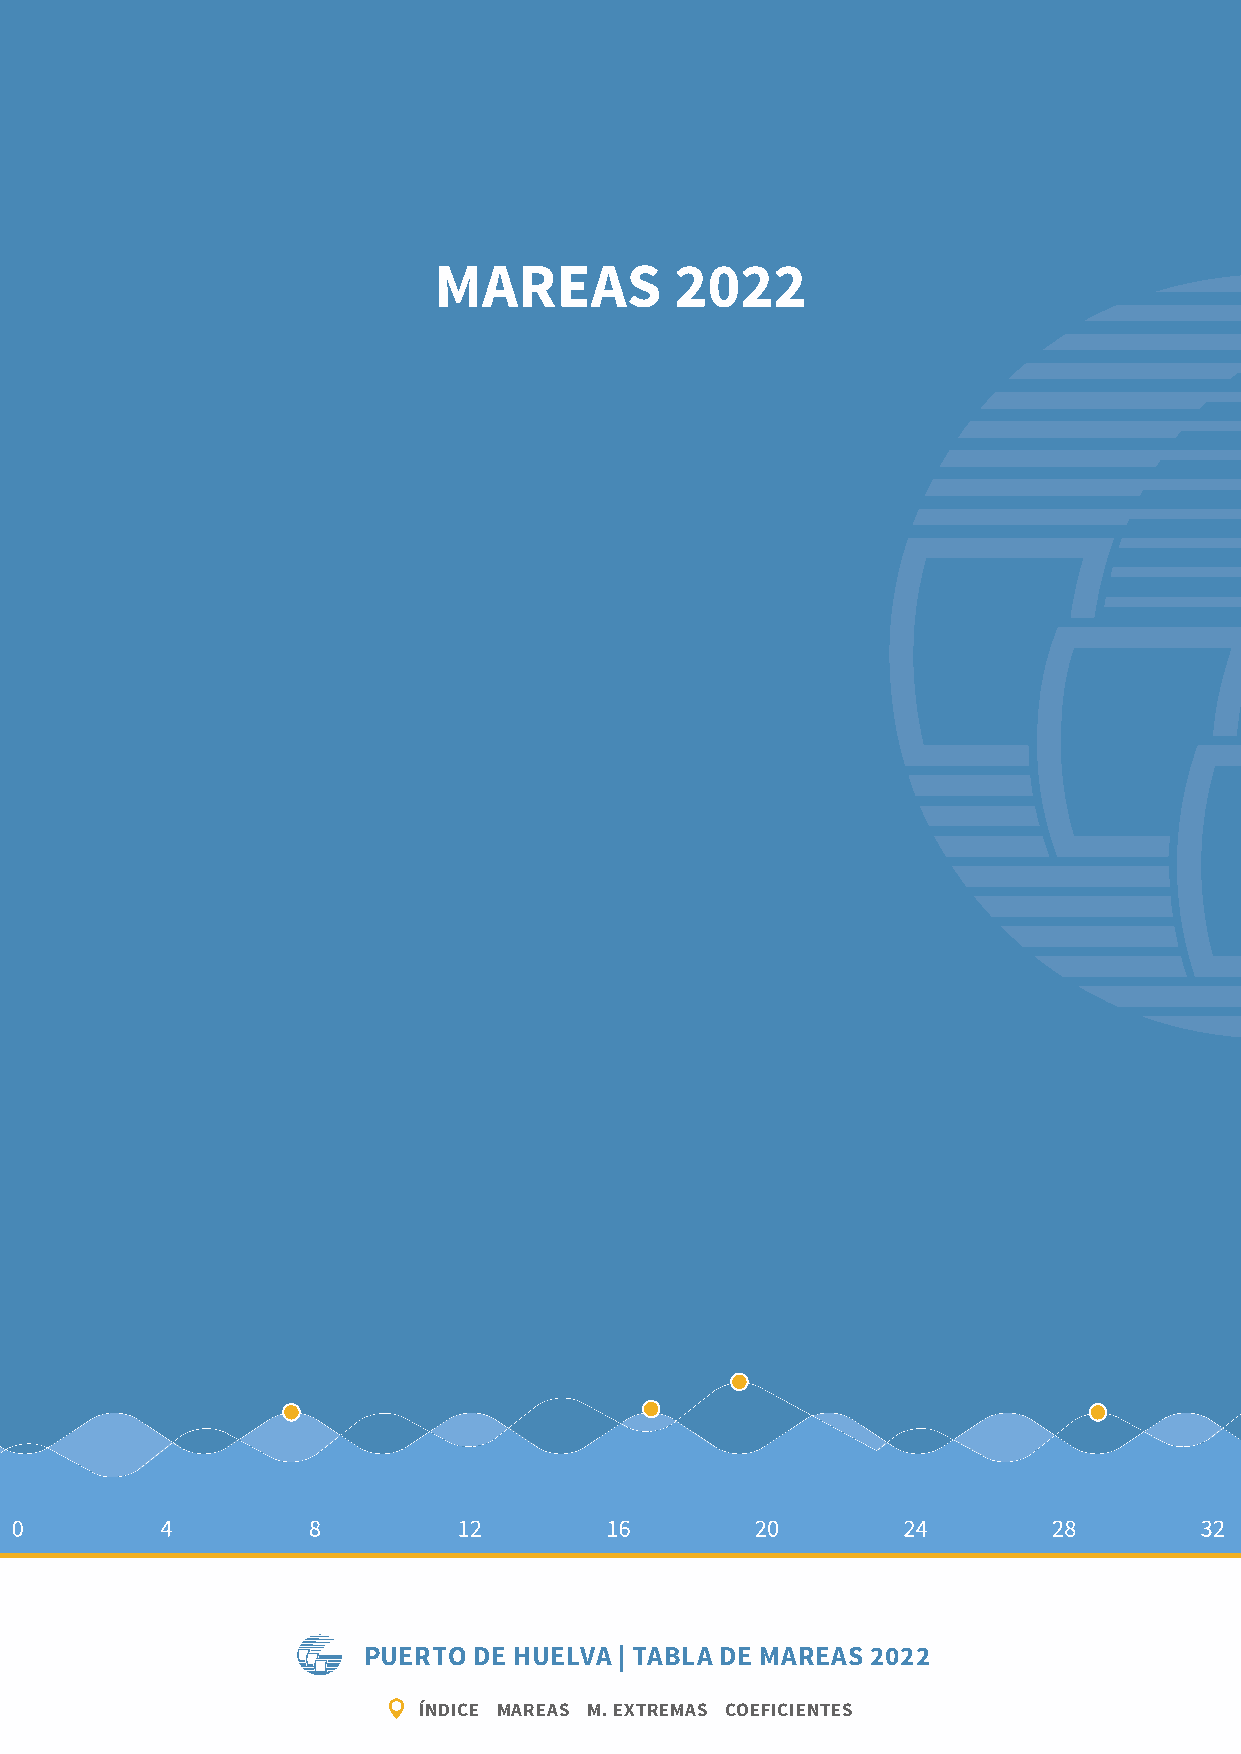
MAREAS          2022
 PUERTO DE HUELVA | TABLA DE MAREAS 2022
 ÍNDICE MAREAS M. EXTREMAS COEFICIENTES